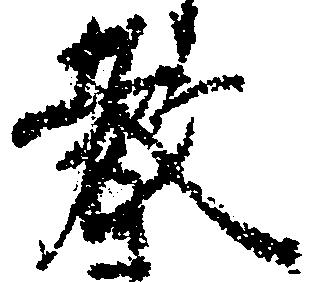
教